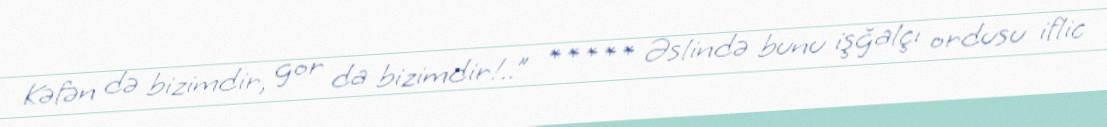
Kəfən də bizimdir, gor da bizimdir!..” ***** Əslində bunu işğalçı ordusu iflic